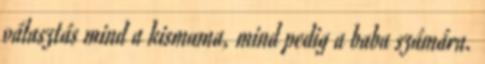
választás mind a kismama, mind pedig a baba számára.